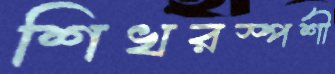
শিখরস্পর্শী